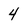
Character: 4